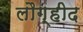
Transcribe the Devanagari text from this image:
लौग्हीद